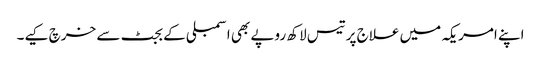
اپنے امریکہ میں علاج پر تیس لاکھ روپے بھی اسمبلی کے بجٹ سے خرچ کیے۔